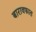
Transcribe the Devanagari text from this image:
बारावफात